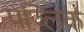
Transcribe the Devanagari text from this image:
पव्लिक